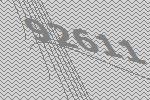
92611